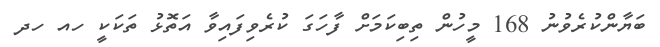
ބަޔާންކުރެވުނު 168 މީހުން ތިބިކަމަށް ފާހަގަ ކުރެވިފައިވާ އަތޮޅު ތަކަކީ ހއ ހދ